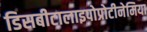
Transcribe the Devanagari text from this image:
डिसबीटालाइपोप्रोटीनेमिया